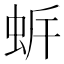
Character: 𧉲